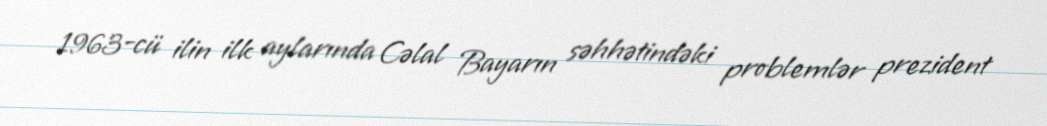
1963-cü ilin ilk aylarında Cəlal Bayarın səhhətindəki problemlər prezident